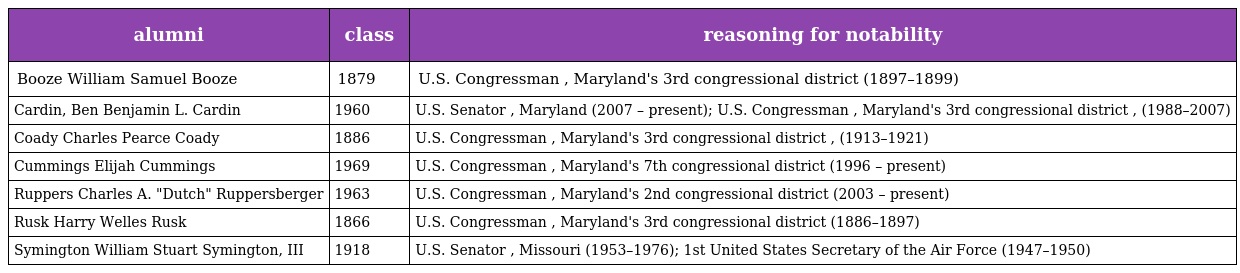
| alumni | class | reasoning for notability |
 | --- | --- | --- |
 | Booze William Samuel Booze | 1879 | U.S. Congressman , Maryland's 3rd congressional district (1897–1899) |
 | Cardin, Ben Benjamin L. Cardin | 1960 | U.S. Senator , Maryland (2007 – present); U.S. Congressman , Maryland's 3rd congressional district , (1988–2007) |
 | Coady Charles Pearce Coady | 1886 | U.S. Congressman , Maryland's 3rd congressional district , (1913–1921) |
 | Cummings Elijah Cummings | 1969 | U.S. Congressman , Maryland's 7th congressional district (1996 – present) |
 | Ruppers Charles A. "Dutch" Ruppersberger | 1963 | U.S. Congressman , Maryland's 2nd congressional district (2003 – present) |
 | Rusk Harry Welles Rusk | 1866 | U.S. Congressman , Maryland's 3rd congressional district (1886–1897) |
 | Symington William Stuart Symington, III | 1918 | U.S. Senator , Missouri (1953–1976); 1st United States Secretary of the Air Force (1947–1950) |